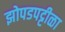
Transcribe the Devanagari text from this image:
झोपडपट्टीळा